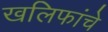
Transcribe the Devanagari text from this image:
खलिफांचे